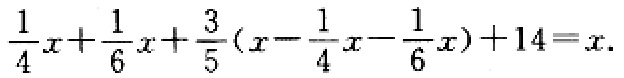
\(\frac{1}{4}x+\frac{1}{6}x+\frac{3}{5}(x - \frac{1}{4}x-\frac{1}{6}x)+14 = x\)